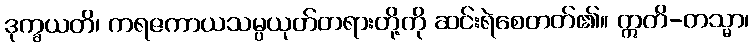
ဒုက္ခယတိ၊ ကရဇကာယသမ္ပယုတ်တရားတို့ကို ဆင်းရဲစေတတ်၏။ ဣတိ-တသ္မာ၊